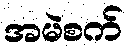
အမဲစက်